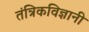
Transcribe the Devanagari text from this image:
तंत्रिकविज्ञानी